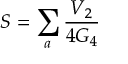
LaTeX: S = \sum _ { a } \frac { V _ { 2 } } { 4 G _ { 4 } }